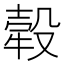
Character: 𤚲